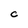
Character: c